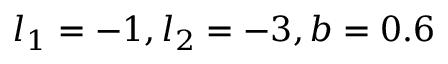
l _ { 1 } = - 1 , l _ { 2 } = - 3 , b = 0 . 6